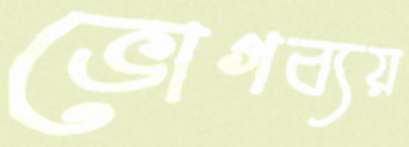
ভোগব্যয়